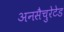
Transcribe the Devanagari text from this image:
अनसैचुरेटेड